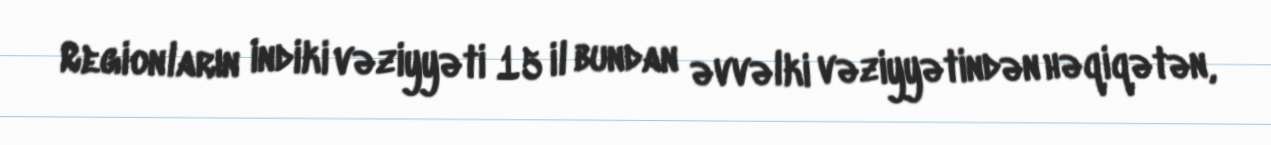
Regionların indiki vəziyyəti 15 il bundan əvvəlki vəziyyətindən həqiqətən,